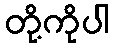
တို့ကိုပါ